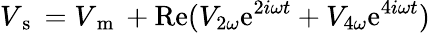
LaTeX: V_{\mathrm{~s~}}=V_{\mathrm{~m~}}+\mathrm{Re}(V_{2\omega}\mathrm{e}^{2i\omega t}+V_{4\omega}\mathrm{e}^{4i\omega t})